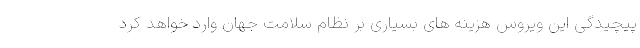
پیچیدگی این ویروس هزینه های بسیاری بر نظام سلامت جهان وارد خواهد کرد